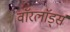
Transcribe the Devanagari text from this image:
वाॅरलाॅर्ड्स